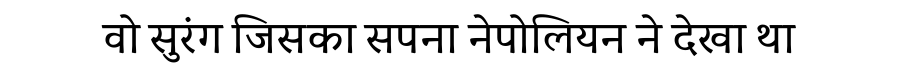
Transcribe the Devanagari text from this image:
वो सुरंग जिसका सपना नेपोलियन ने देखा था